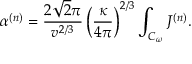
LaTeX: \alpha ^ { ( n ) } = \frac { 2 \sqrt { 2 } \pi } { v ^ { 2 / 3 } } \left( \frac { \kappa } { 4 \pi } \right) ^ { 2 / 3 } \int _ { { \cal { C } } _ { \omega } } { J ^ { ( n ) } } .